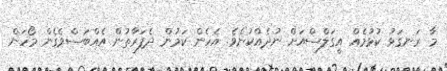
މާ ރަނގަޅު ކުޅުމެއް އީގަލްސްއަށް ނުދެއްކުނެވެ. އެހެން ކަމުން ދެފަރާތުން އެއްބަސްވެގެން މޯހަން